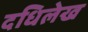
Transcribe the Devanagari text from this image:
दधिलेख